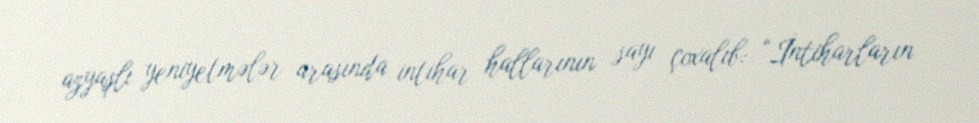
azyaşlı yeniyetmələr arasında intihar hallarının sayı çoxalıb: “İntiharların